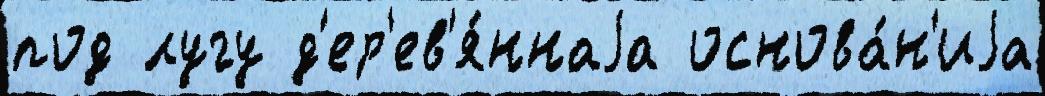
под лугу д'ер'ев'я́ннаjа основа́н'иjа